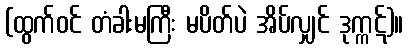
(ထွက်ဝင် တံခါးမကြီး မပိတ်ပဲ အိပ်လျှင် ဒုက္ကဋ်)။